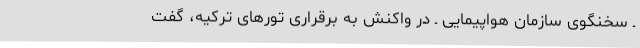
ـ سخنگوی سازمان هواپیمایی ـ در واکنش به برقراری تورهای ترکیه، گفت